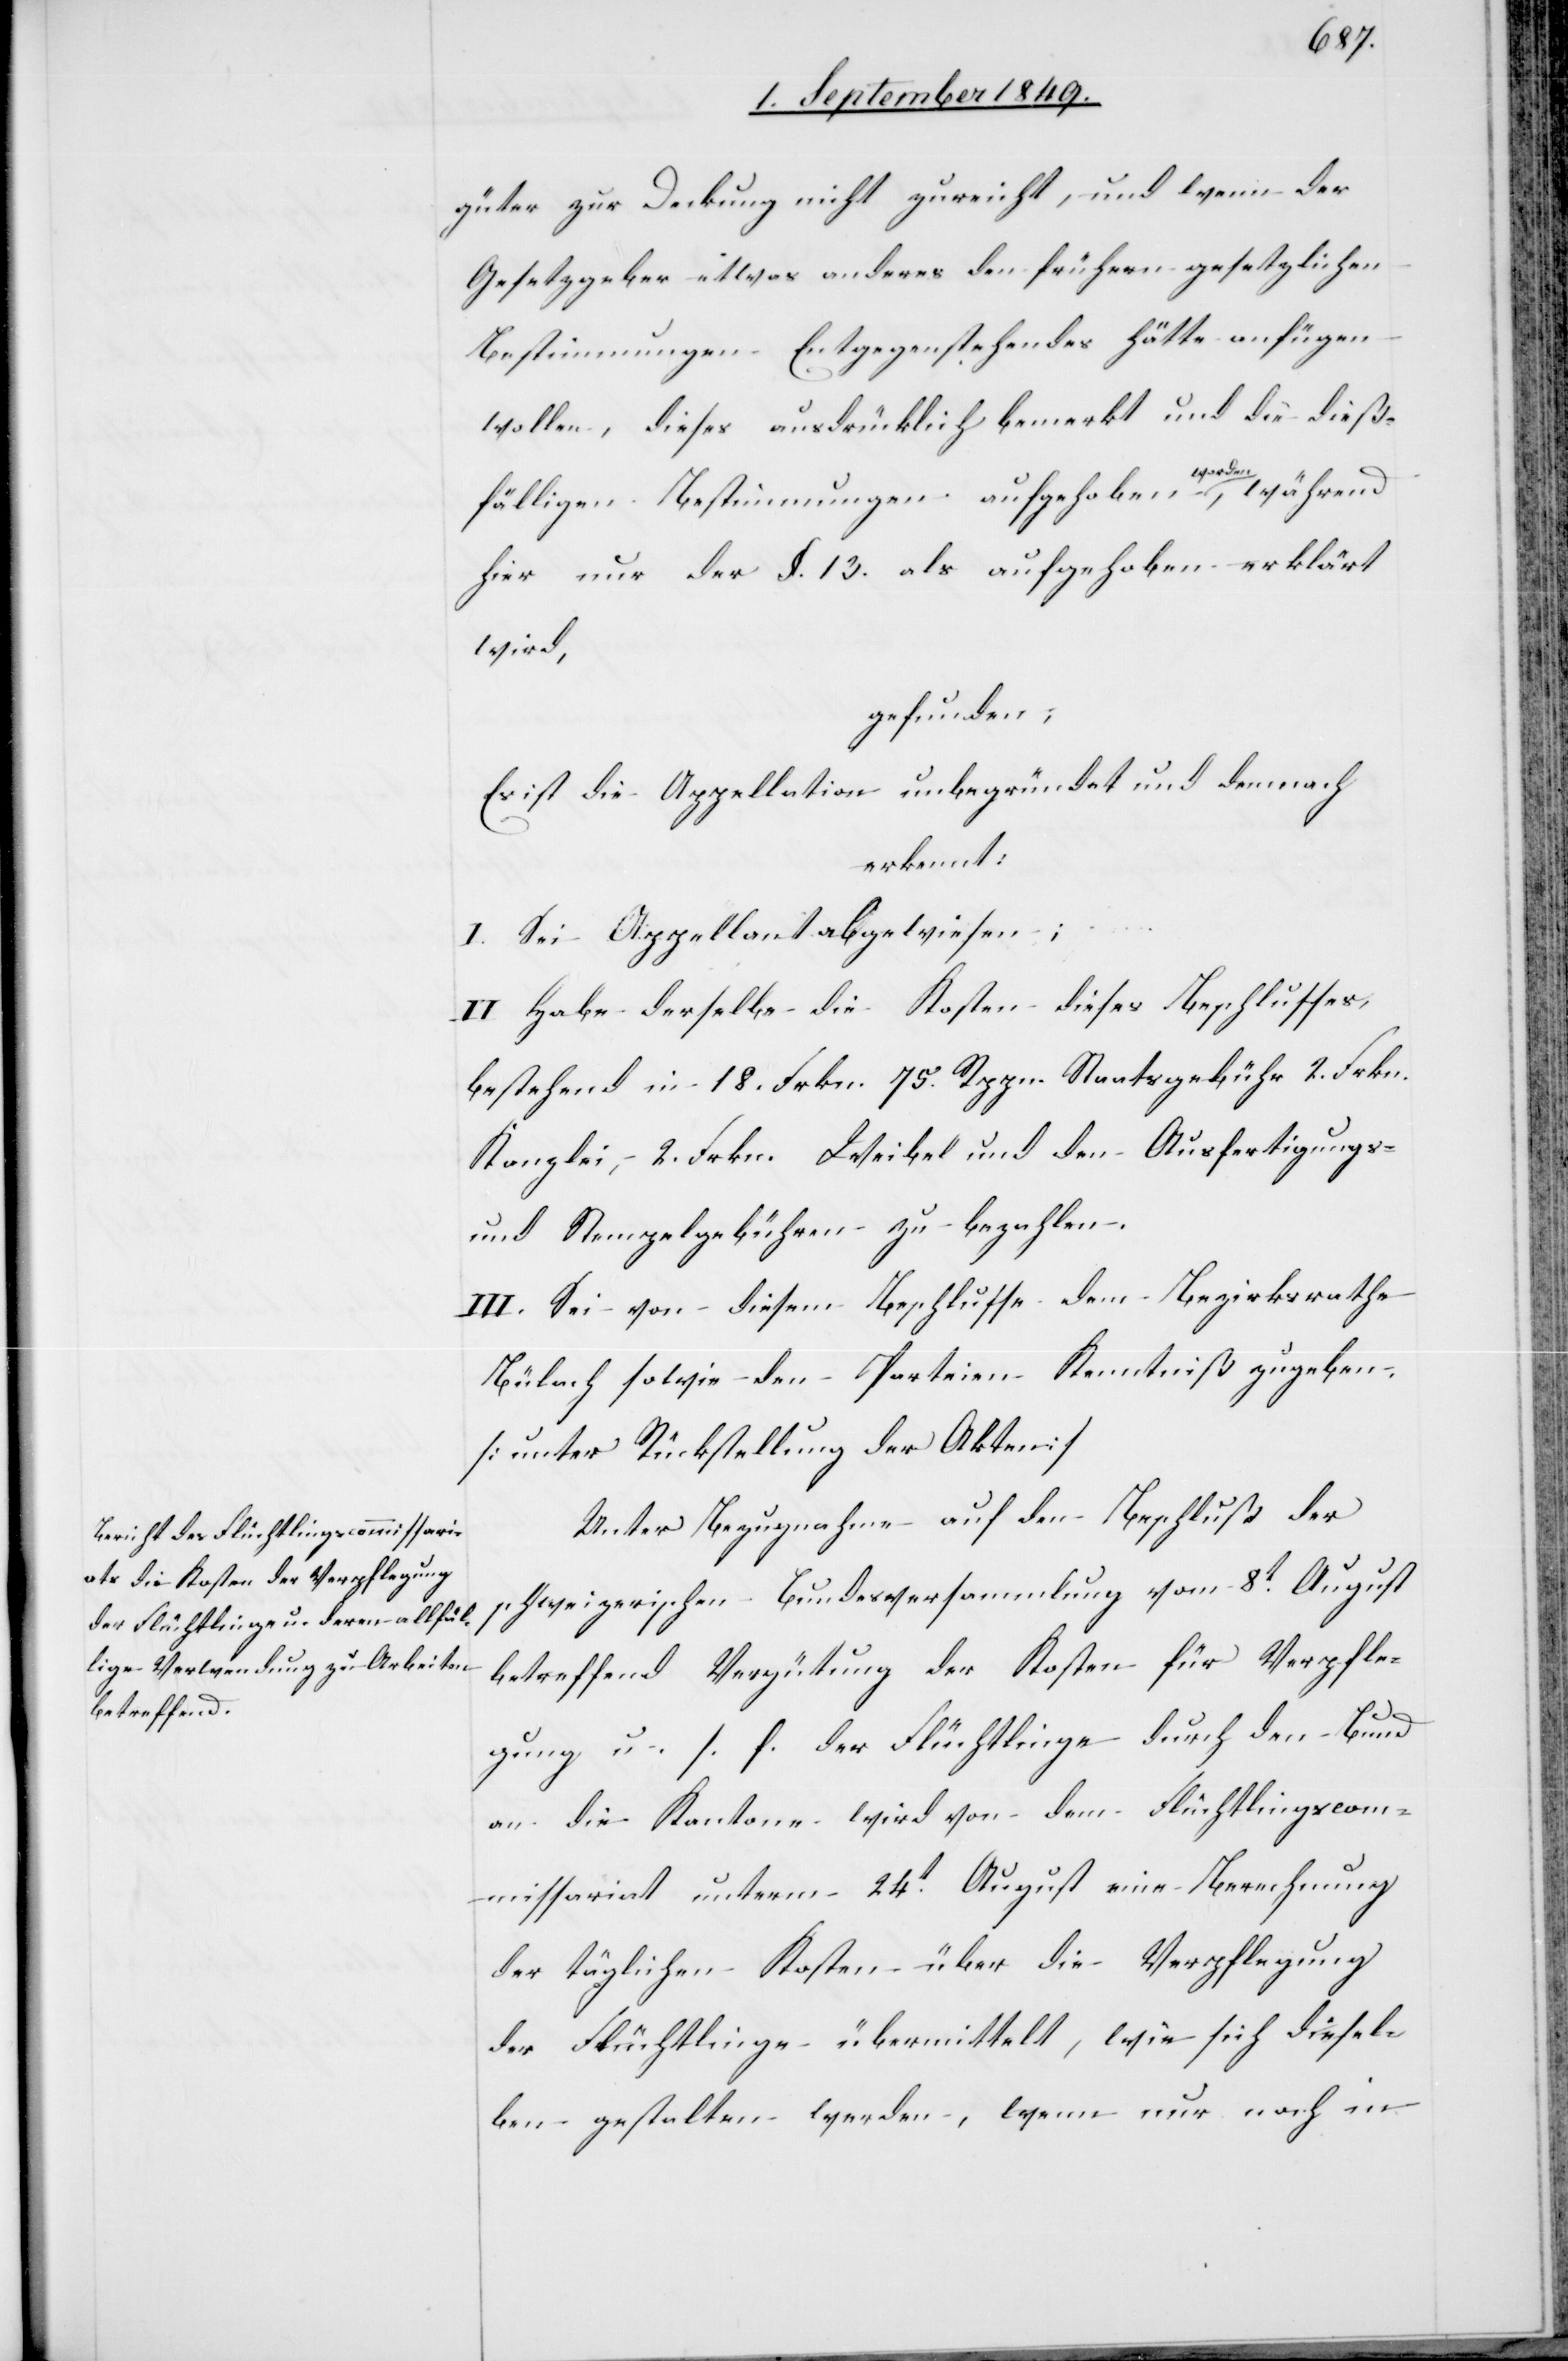
güter zur Deckung nicht zureicht, und wenn der
Gesetzgeber etwas anderes den frühern gesetzlichen
Bestimmungen Entgegenstehendes hätte anfügen
wollen, dieses ausdrücklich bemerkt und die dieß¬
fälligen Bestimmungen aufgehoben a-worden-a,
hier nur der §. 13. als aufgehoben erklärt
wird,
gefunden:
Es ist die Appellation unbegründet und dennoch
erkennt:
I. Sei Appellant abgewiesen;
II. Habe derselbe die Kosten dieses Beschlusses,
bestehend in 18. Frkn. 75. Rppn. Staatsgebühr 2. Frkn.
Kanzlei, 2. Frkn. Weibel und den Ausfertigungs-
und Stempelgebühren zu bezahlen.
III. Sei von diesem Beschluße dem Bezirksrathe
Bülach sowie den Parteien Kenntniß zugeben.
[unter Rückstellung der Akten]
Unter Bezugnahme auf den Beschluß der
schweizerischen Bundesversammlung vom 8t August
betreffend Vergütung der Kosten für Verpfle¬
gung u. s. f. der Flüchtlinge durch den Bund
an die Kantone wird von dem Flüchtlingscom¬
missariat unterm 24t August eine Berechnung
der täglichen Kosten über die Verpflegung
der Flüchtlinge übermittelt, wie sich diesel¬
ben gestalten werden, wenn nur noch in